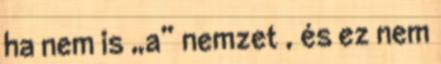
ha nem is „a” nemzet , és ez nem